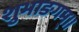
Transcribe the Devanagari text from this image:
शुभाङगम्।।